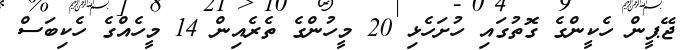
ޖޭޕީން ހެކީންގެ ގޮތުގައި ހުށަހެޅި 20 މީހުންގެ ތެރެއިން 14 މީހެއްގެ ހެކިބަސް